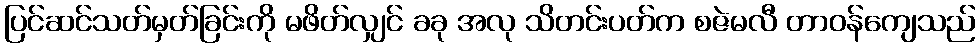
ပြင်ဆင်သတ်မှတ်ခြင်းကို မဖိတ်လျှင် ခခု အလု သိတင်းပတ်က စဇဲမလီ တာဝန်ကျေသည်